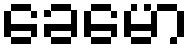
ခေမော